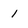
Character: 1